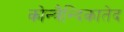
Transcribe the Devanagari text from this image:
कोन्त्रैन्दिकातेद